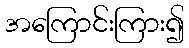
အကြောင်းကြား၍